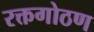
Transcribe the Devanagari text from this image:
रक्तगोठण